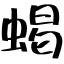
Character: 蝎